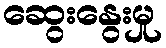
ဆွေးနွေးမှု